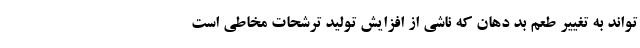
تواند به تغییر طعم بد دهان که ناشی از افزایش تولید ترشحات مخاطی است